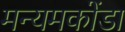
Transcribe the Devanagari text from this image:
मन्यमकोंडा